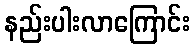
နည်းပါးလာကြောင်း